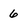
Character: 6